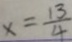
x = \frac { 1 3 } { 4 }